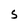
Character: S